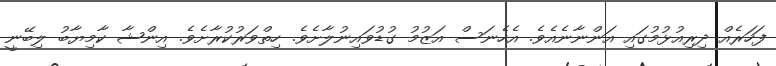
ފަހަރެއް ދިރިއުޅުމުގައި އަންނާނެއެވެ. އެހެނަސް އަޒުމު ގުޑުވައިނުލާށެވެ. ހިތްވަރުކުރާށެވެ. އިންޝާ ކާމިޔާބު ލިބޭނީ